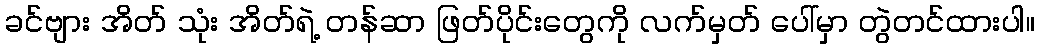
ခင်ဗျား အိတ် သုံး အိတ်ရဲ့ တန်ဆာ ဖြတ်ပိုင်းတွေကို လက်မှတ် ပေါ်မှာ တွဲတင်ထားပါ။